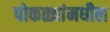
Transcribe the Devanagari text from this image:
पोकळ्यांमधील